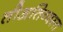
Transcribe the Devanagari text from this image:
तीअतिव्यस्त